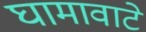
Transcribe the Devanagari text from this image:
घामावाटे